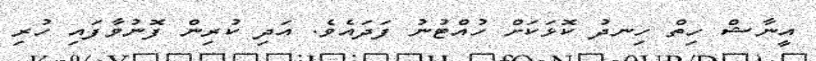
އީނާޝް ހިތް ހިނދު ކޮޅަކަށް ހުއްޓުނު ފަދައެވެ. އަދި ކުރިން ފޮނުވާފައި ހުރި